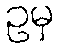
ဥမှ